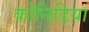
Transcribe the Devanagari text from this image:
कोनिडिया